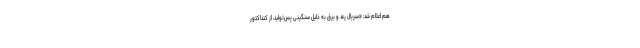
هم اعلام شد: «سریال رعد و برق به دلیل سنگینی پس‌تولید، از کنداکتور